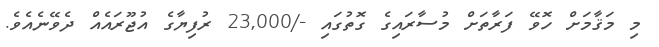
މި މަޤާމަށް ހޮވޭ ފަރާތަށް މުސާރައިގެ ގޮތުގައި -/23